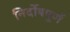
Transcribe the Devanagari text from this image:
निर्दोषपूर्ण